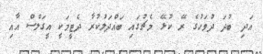
އަދި ބުދަ ދުވަހުގެ ރޭ ކުޅޭ މެޗުގައި ބައްދަލުކުރާ ދެޓީމަކީ އީގަލްސް އާއި